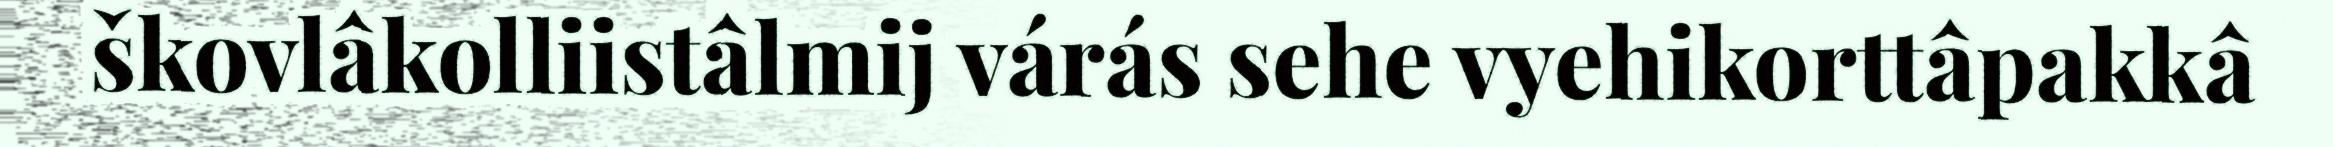
škovlâkolliistâlmij várás sehe vyehikorttâpakkâ